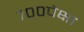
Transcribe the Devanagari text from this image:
७००पेक्षा